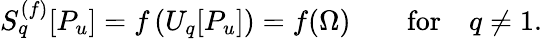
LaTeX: S_{q}^{(f)}[P_{u}]=f\left(U_{q}[P_{u}]\right)=f(\Omega)\qquad\textrm{for}\quad q\neq 1.